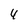
Character: 4